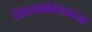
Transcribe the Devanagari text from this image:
नियामांवरून